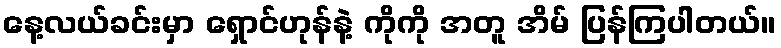
နေ့လယ်ခင်းမှာ ရှောင်ဟုန်နဲ့ ကိုကို အတူ အိမ် ပြန်ကြပါတယ်။